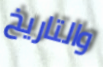
والتاريخ